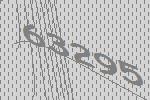
63295